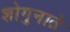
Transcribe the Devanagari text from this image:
शोगुनाते